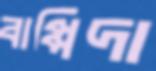
বাপ্পিদা